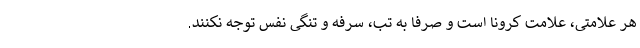
هر علامتی، علامت کرونا است و صرفا به تب، سرفه و تنگی نفس توجه نکنند.